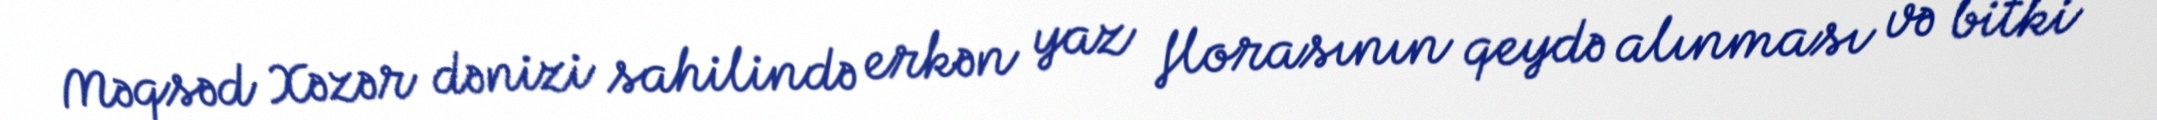
Məqsəd Xəzər dənizi sahilində erkən yaz florasının qeydə alınması və bitki